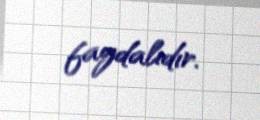
faydalıdır.